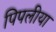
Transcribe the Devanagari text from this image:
पिपलीया